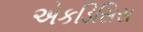
એકડિસિસ